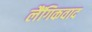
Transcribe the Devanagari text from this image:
लैंगिकवाद